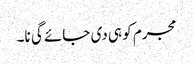
مجرم کو ہی دی جائے گی نا۔